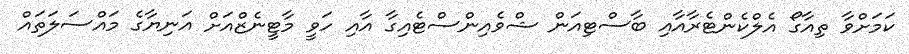
ކަމަށްވާ ތިއާގޯ އެލްކެންޓެރާއާއި ބާސްޓިއަން ޝްވެއިންސްޓެއިގާ އާއި ހަވީ މާޓީނެޒްއަށް އަނިޔާގެ މައްސަލަތައް